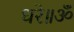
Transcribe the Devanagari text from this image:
धरे॥ॐ